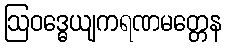
ဩဝဒ္ဓေယျကရဏမတ္တေန